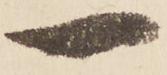
一